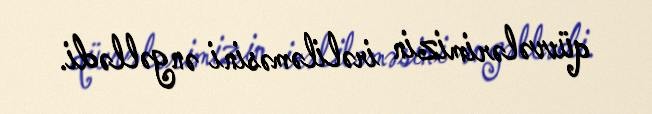
qüvvələrimizin irəliləməsini əngəllədi.